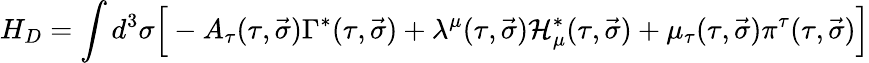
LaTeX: H_{D}=\int{d^{3}\sigma\Big[-A_{\tau}(\tau,\vec{\sigma})\Gamma^{\ast}(\tau,\vec{\sigma})+\lambda^{\mu}(\tau,\vec{\sigma}){\cal H}_{\mu}^{\ast}(\tau,\vec{\sigma})+\mu_{\tau}(\tau,\vec{\sigma})\pi^{\tau}(\tau,\vec{\sigma})\Big]}